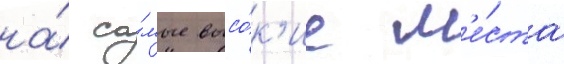
на́ са́мые высо́к'ие м'е́ста